Annual report of the Punjab Veterinary College and of the Civil Veterinary Department, Punjab - 1894-1908
Year: 1894
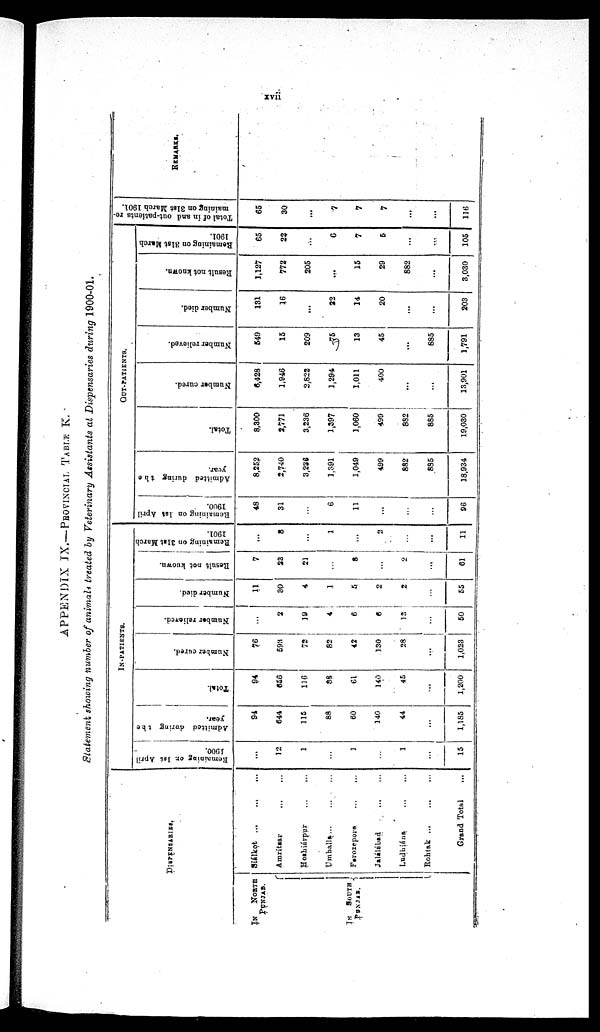
xvii
APPENDIX IX.-PROVINCIAL TABLE K.
Statement showing member of animals treated by Veterinary Assistants at Dispensaries during 1900-01.
DISPENCARIES.
IN
NORTH
PUNJAB.
IN SOUTH
PUNJAB.
Siálkot
...
...
...
Amritsar ... ...
Hoshiárpur ... ...
Umballa
...
...
...
Ferozepore
...
...
Jalalabad
Ludhiána ... ...
Rohtak
...
...
...
Grand Total ...
IN-PATIENTS.
R emaining on 1st April
1900.
...
12
1
...
1
...
1
...
15
Admitted during the
year.
94
644
115
88
60
140
44
...
1,185
Total.
94
656
116
38
61
140
45
...
1,200
Number cured.
76
593
72
82
42
130
28
...
1,023
Number relieved.
...
2
19
4
6
6
13
...
50
Number died.
11
30
4
1
5
2
...
...
55
Result not known.
7
22
21
...
8
...
2
...
61
Remaining on 31st March
1901.
...
8
...
1
...
2
...
...
11
OUT-PATIENTS.
Remaining on 1st April
1900.
48
31
...
6
11
...
...
...
96
Admitted during the
year.
8,252
2,740
3,236
1,391
1,049
499
882
835
18,934
Total.
8,300
2,771
3,236
1,397
1,060
499
882
885
19,030
Number cured.
6,428
1,946
2,822
1,294
1,011
400
......
...
13,901
Number relieved.
549
15
209
75
13
45
...
885
1,791
Number died.
131
16
...
32
14
20
...
...
203
Result not known.
3,127
772
205
...
15
29
882
...
3,030
Remaining
on 31st March
1901.
65
22
...
6
7
5
...
...
105
Total of in and out-patients re-
maining on 31st
March 1901.
65
30
...
7
7
7
...
...
116
REMARKS.